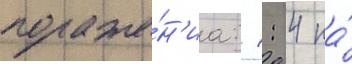
пораже́н'иа: 1: 4 на́